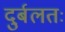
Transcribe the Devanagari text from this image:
दुर्बलतः